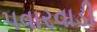
પવારવાડી